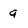
Character: g